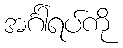
အင်္ဂါရပ်ကို